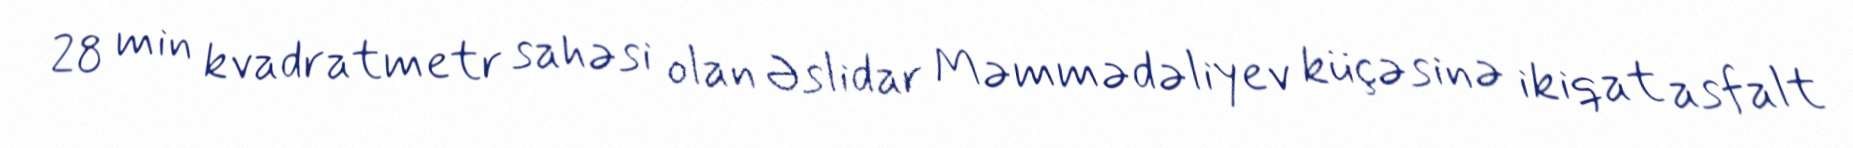
28 min kvadratmetr sahəsi olan Əslidar Məmmədəliyev küçəsinə ikiqat asfalt